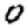
Digit: 0